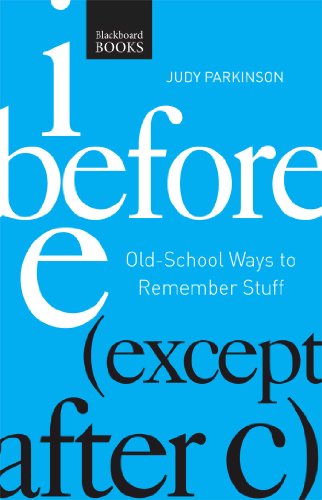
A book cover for I Before E ( Except After C): Old-School Ways to Remember Stuff; Judy Parkinson; Self-Help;